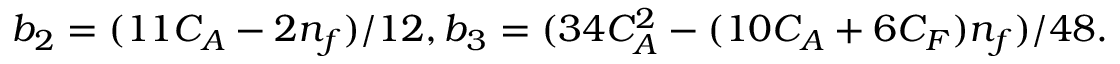
b _ { 2 } = ( 1 1 C _ { A } - 2 n _ { f } ) / 1 2 , b _ { 3 } = ( 3 4 C _ { A } ^ { 2 } - ( 1 0 C _ { A } + 6 C _ { F } ) n _ { f } ) / 4 8 .